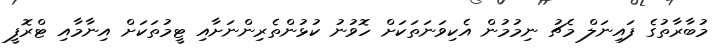
މުބާރާތުގެ ފައިނަލް މެޗު ނިމުމުން އެކިވަނަތަކަށް ހޮވުނު ކުޅުންތެރިންނަށާއި ޓީމުތަކަށް އިނާމާއި ޓްރޮފީ